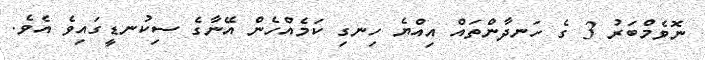
ނޮވެމްބަރު 3 ގެ ހަނދާންތައް އިއްޔެ ހިނގި ކަމެއްހެން އޭނާގެ ސިކުނޑީގައިވެ އެވެ.